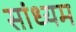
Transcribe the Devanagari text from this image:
सांध्यम